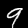
Digit: 9